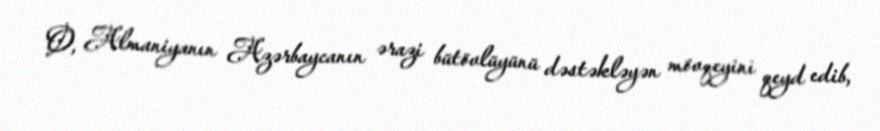
O, Almaniyanın Azərbaycanın ərazi bütövlüyünü dəstəkləyən mövqeyini qeyd edib,